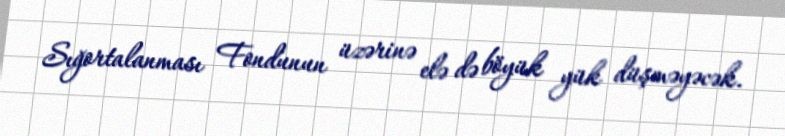
Sığortalanması Fondunun üzərinə elə də böyük yük düşməyəcək.